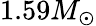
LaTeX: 1.59M_{\odot}